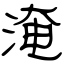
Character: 淹